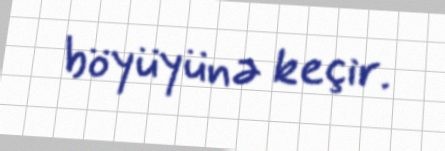
böyüyünə keçir.